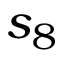
s _ { 8 }